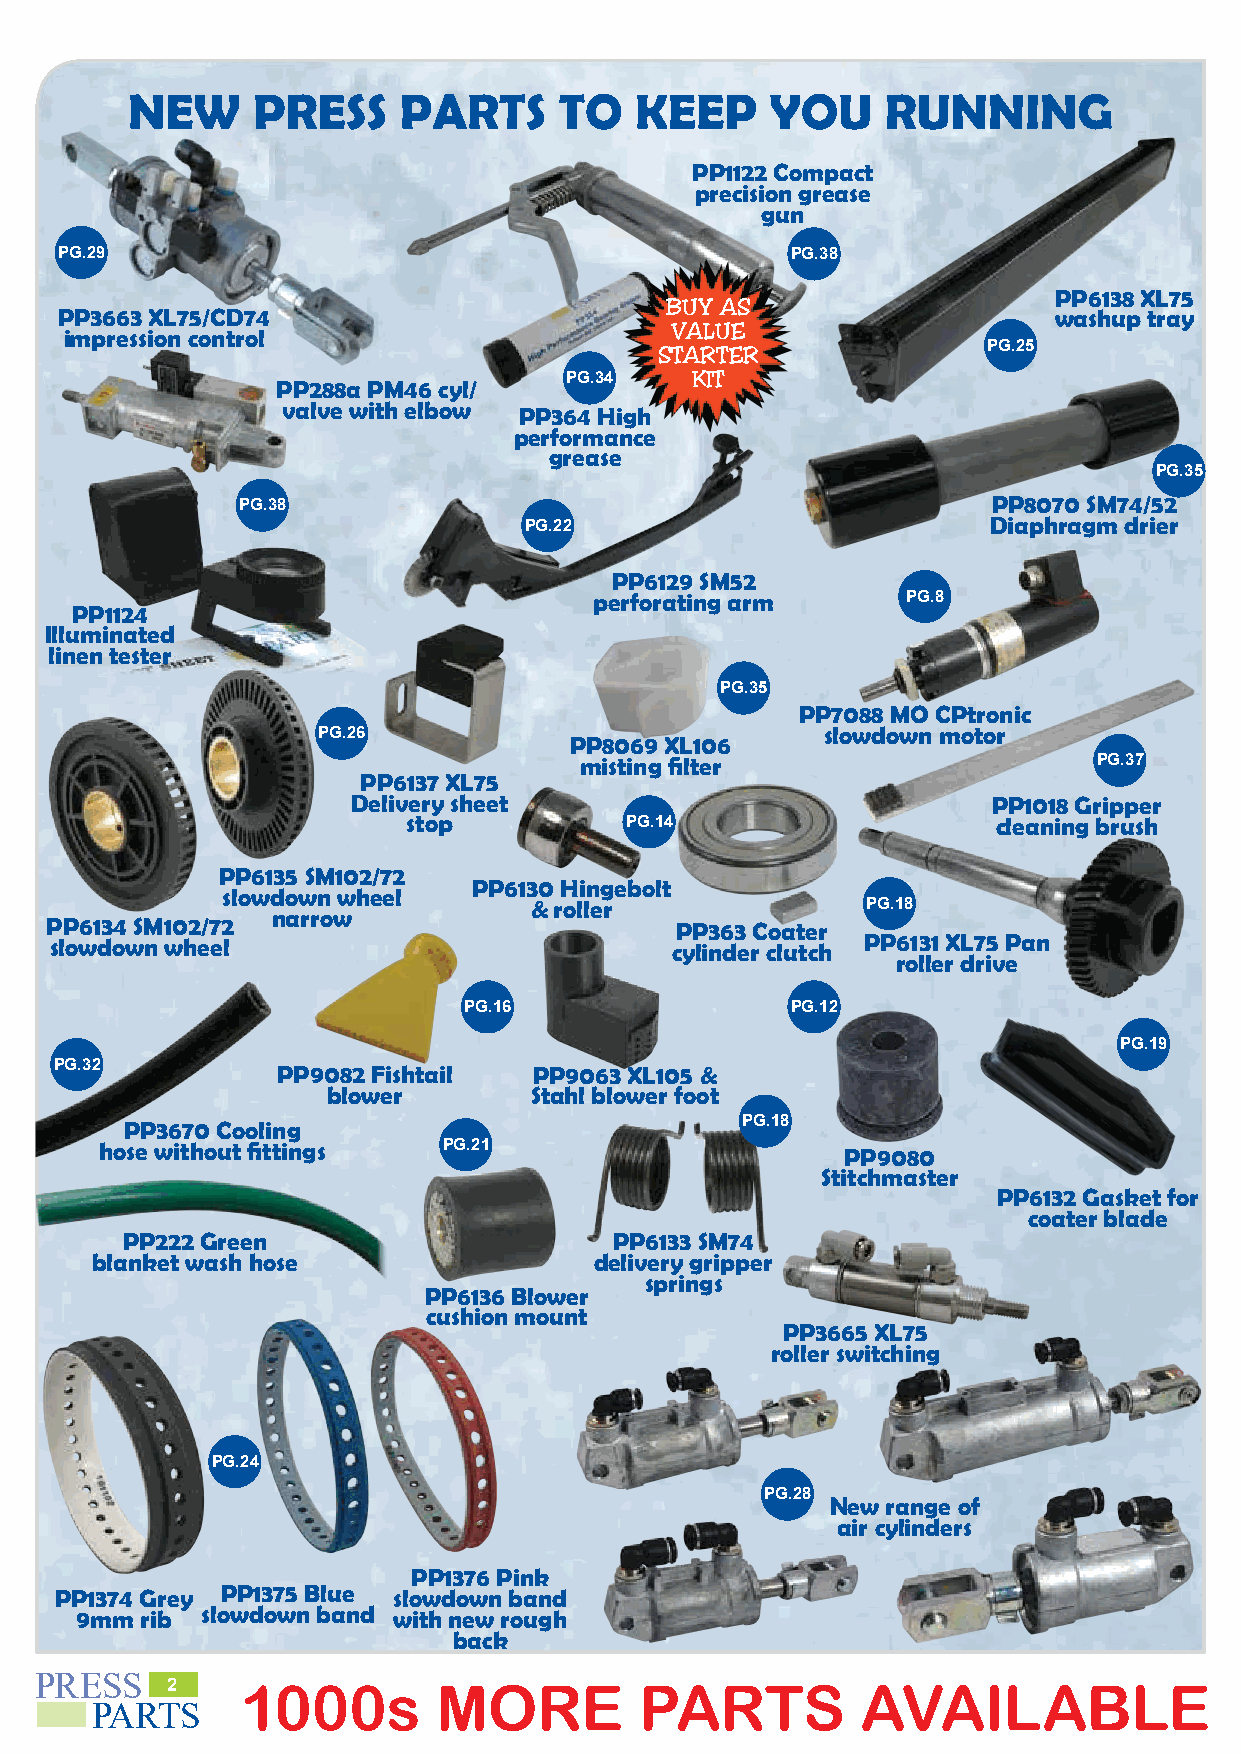
NEW      PRESS    PARTS      TO   KEEP     YOU     RUNNING
 PP1122 Compact
 precision grease
 gun
 PG.29                                           PG.38
 PP6138 XL75
 BUY AS
 PP3663 XL75/CD74                                                  washup tray
 impression control                      VALUE
 STARTER              PG.25
 PP288a PM46 cyl/   PG.34    KIT
 valve with elbow PP364 High
 performance
 grease
 PG.35
 PP8070 SM74/52
 PG.38
 PG.22                          Diaphragm drier
 PP6129 SM52
 perforating arm      PG.8
 PP1124
 Illuminated
 linen tester
 PG.35
 PP7088 MO CPtronic
 PG.26            PP8069 XL106    slowdown motor
 misting filter                     PG.37
 PP6137 XL75
 Delivery sheet                             PP1018 Gripper
 stop          PG.14                    cleaning brush
 PP6135 SM102/72
 PP6130 Hingebolt
 slowdown wheel
 & roller              PG.18
 narrow
 PP6134 SM102/72                           PP363 Coater
 slowdown wheel                           cylinder clutch PP6131 XL75 Pan
 roller drive
 PG.16                PG.12
 PG.19
 PG.32         PP9082 Fishtail  PP9063 XL105 &
 blower       Stahl blower foot
 PP3670 Cooling                           PG.18
 hose without fittings PG.21                      PP9080
 Stitchmaster
 PP6132 Gasket for
 coater blade
 PP222 Green                      PP6133 SM74
 blanket wash hose                delivery gripper
 springs
 PP6136 Blower
 cushion mount
 PP3665 XL75
 roller switching
 PG.24
 PG.28
 New range of
 air cylinders
 PP1376 Pink
 PP1374 Grey PP1375 Blue slowdown band
 9mm rib slowdown band with new rough
 back
 PRESS
 2    1000s        MORE         PARTS          AVAILABLE                   PLEASE           PHONE           020     8502       3059
 PARTS